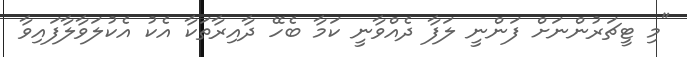
"މި ޓީޗަރުންނަށް ފަންނީ ލަފާ ދެއްވާނީ ކަމާ ބެހޭ ދާއިރާތަކާ އެކު އެކުލަވާލާފައިވާ